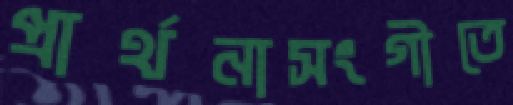
প্রার্থনাসংগীতে